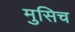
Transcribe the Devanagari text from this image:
मुसिच